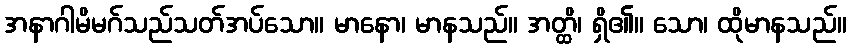
အနာဂါမိမဂ်သည်သတ်အပ်သော။ မာနော၊ မာနသည်။ အတ္ထိ၊ ရှိ၏။ သော၊ ထိုမာနသည်။